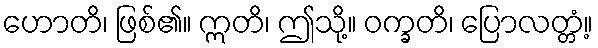
ဟောတိ၊ ဖြစ်၏။ ဣတိ၊ ဤသို့။ ဝက္ခတိ၊ ပြောလတ္တံ့။